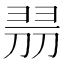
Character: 𠝧